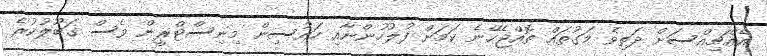
އެއްޗިއްސަށް ދަތިވެ މަގުތައް ތޮއްޖެހޭނެ ކަމަށް ފުލުހުންނާއި ހައުސިން މިނިސްޓްރީން ވެސް ގަބޫލުކުރެ